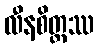
လီနစိတ္တဿ